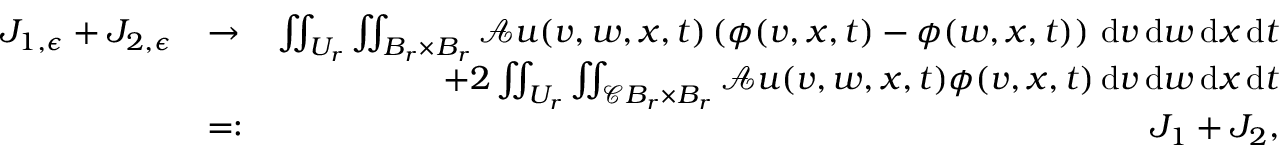
\begin{array} { r l r } { J _ { 1 , \epsilon } + J _ { 2 , \epsilon } } & { \rightarrow } & { \iint _ { U _ { r } } \iint _ { B _ { r } \times B _ { r } } \mathcal { A } u ( v , w , x , t ) \left( \phi ( v , x , t ) - \phi ( w , x , t ) \right) \, \mathrm { d } v \, \mathrm { d } w \, \mathrm { d } x \, \mathrm { d } t } \\ & { } & { + 2 \iint _ { U _ { r } } \iint _ { \mathscr { C } B _ { r } \times B _ { r } } \mathcal { A } u ( v , w , x , t ) \phi ( v , x , t ) \, \mathrm { d } v \, \mathrm { d } w \, \mathrm { d } x \, \mathrm { d } t } \\ & { = : } & { J _ { 1 } + J _ { 2 } , } \end{array}